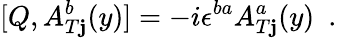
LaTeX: [Q,A_{T\mathbf{j}}^{b}(y)]=-i\epsilon^{ba}A_{T\mathbf{j}}^{a}(y)\, \, \, .